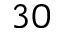
_ { 3 0 }